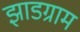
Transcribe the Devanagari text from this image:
झाडग्राम